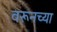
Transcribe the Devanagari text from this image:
वरूनच्या